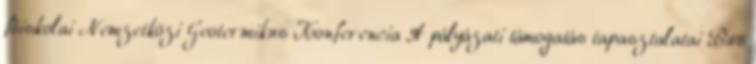
főiskolai Nemzetközi Geotermikus Konferencia A pályázati támogatás tapasztalatai Bús